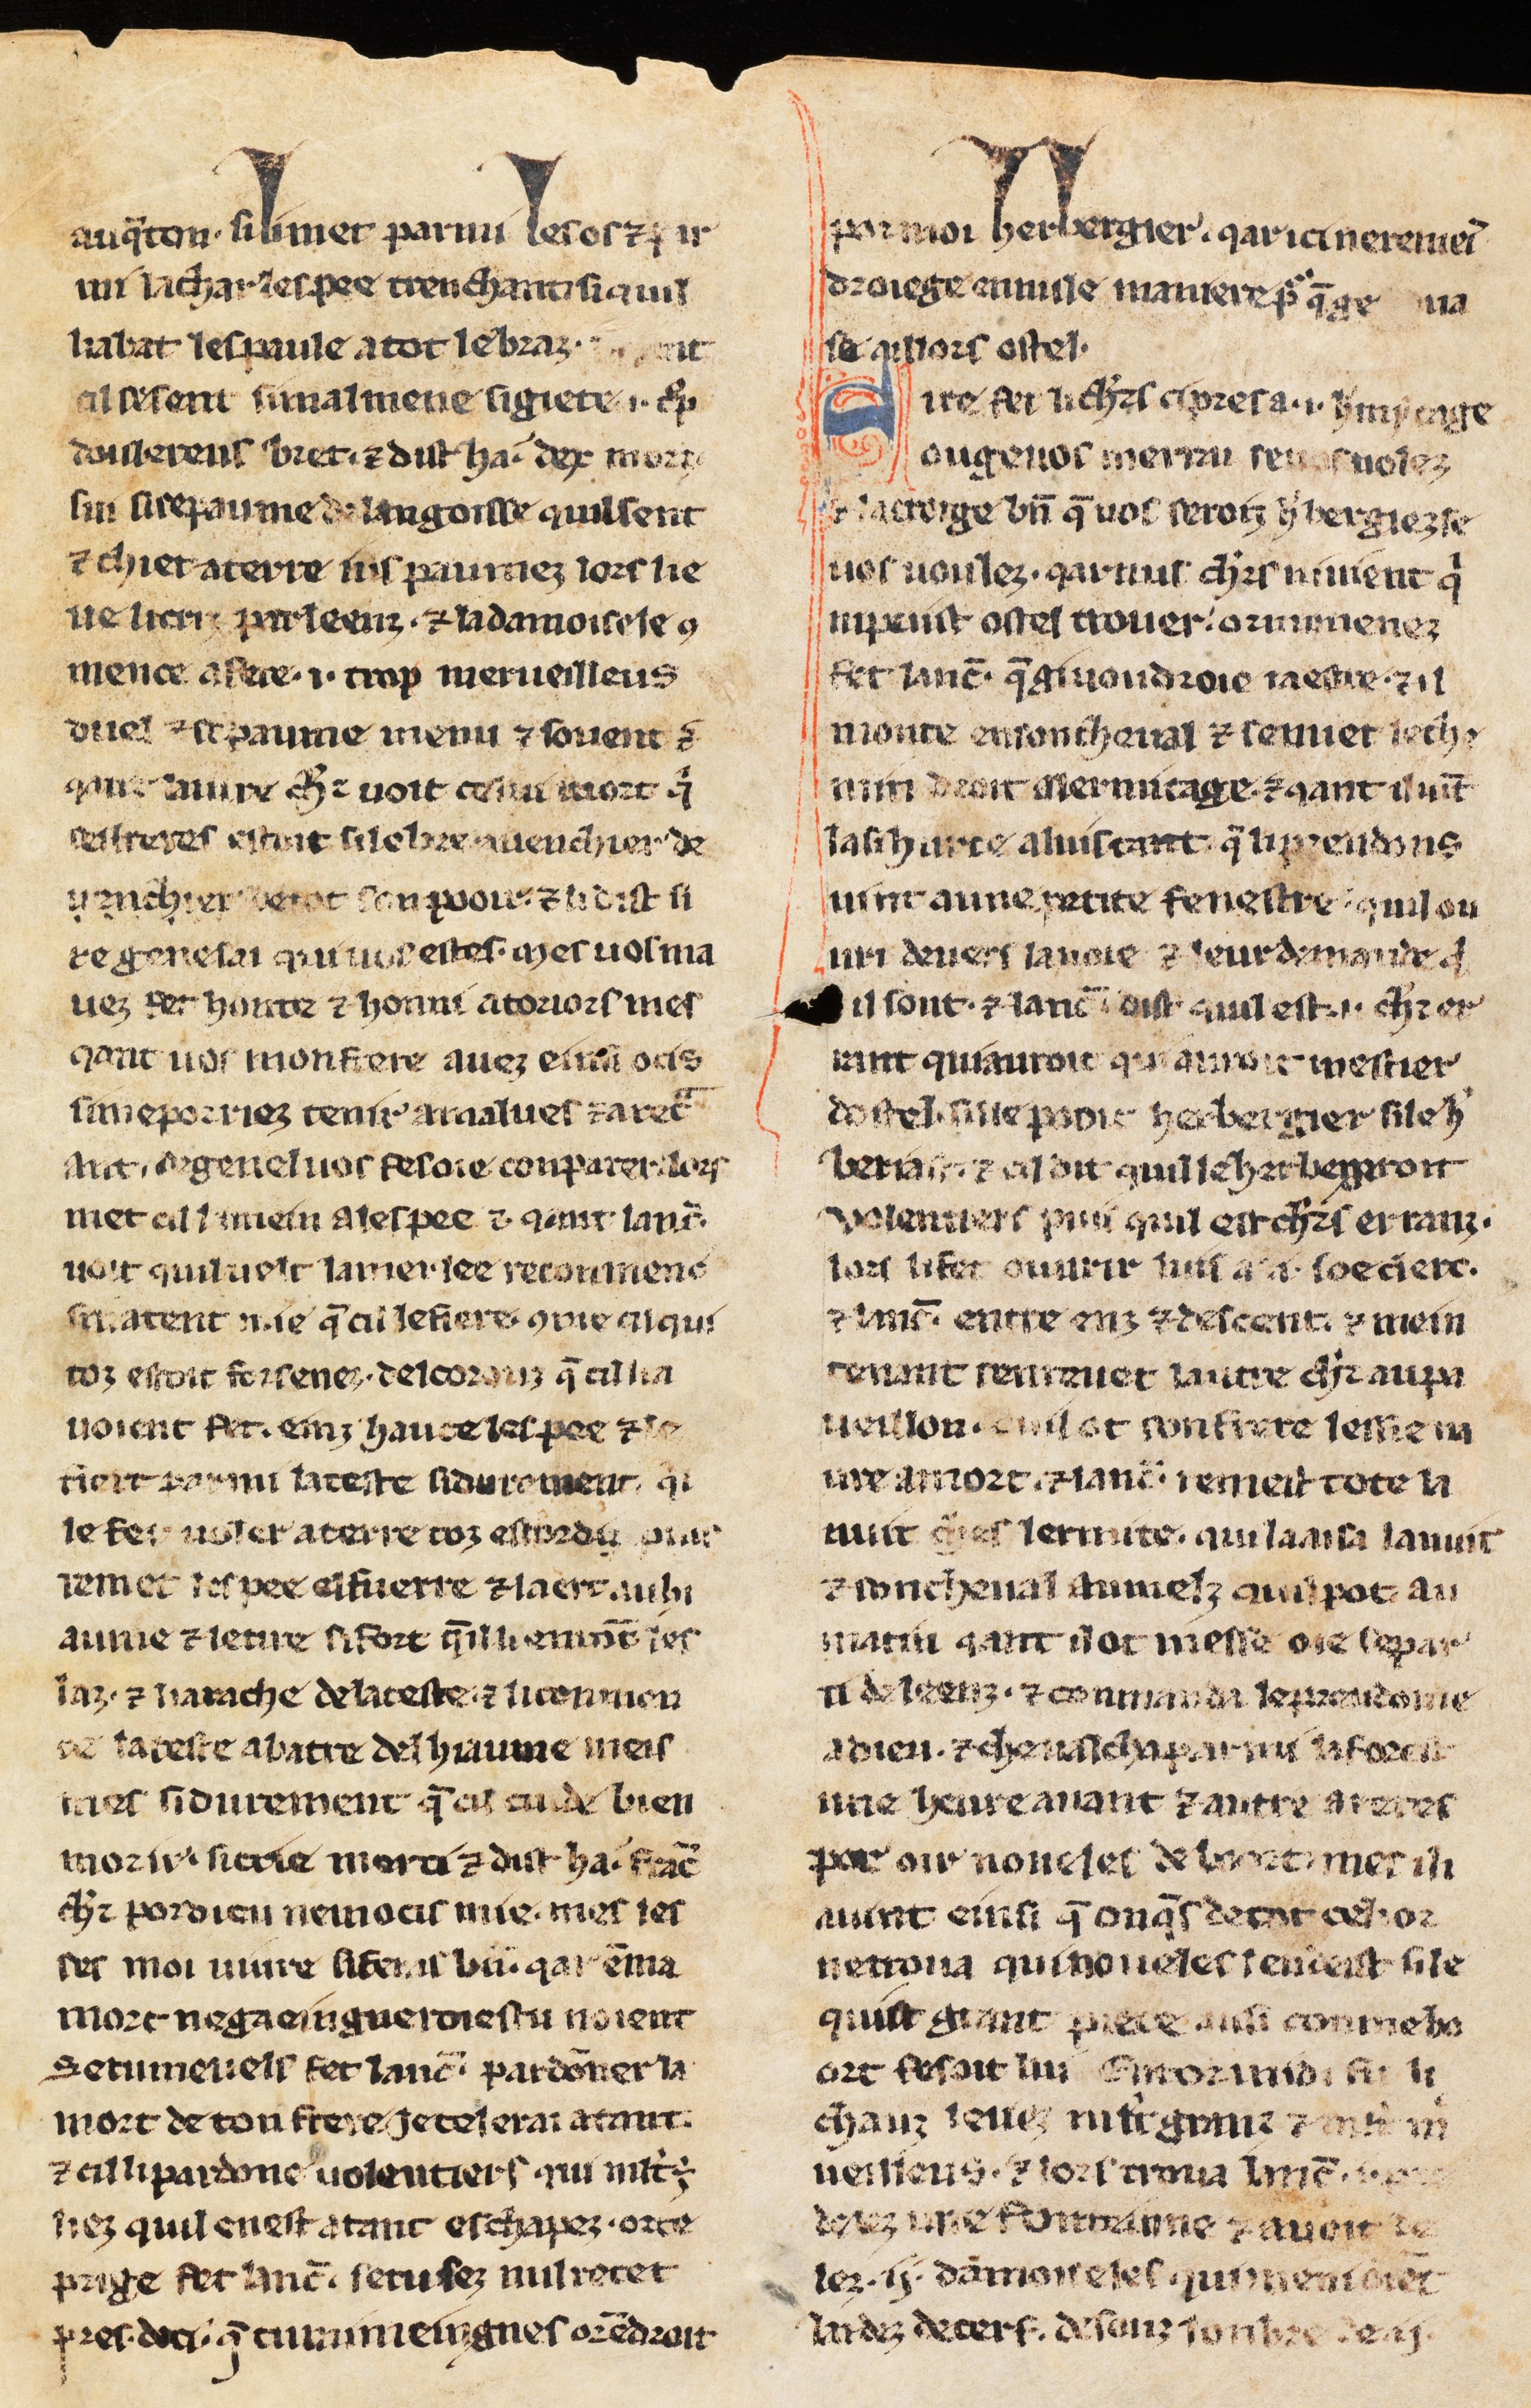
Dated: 1275–1299